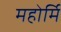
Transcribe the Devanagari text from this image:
महोर्मि